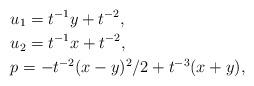
LaTeX: \begin{align*}& u_{1}=t^{-1}y+t^{-2},\\& u_{2}=t^{-1}x+t^{-2},\\& p=-t^{-2}(x-y)^{2}/2+t^{-3}(x+y),\end{align*}